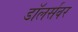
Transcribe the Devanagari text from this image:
डॉलर्सवर